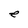
Character: e